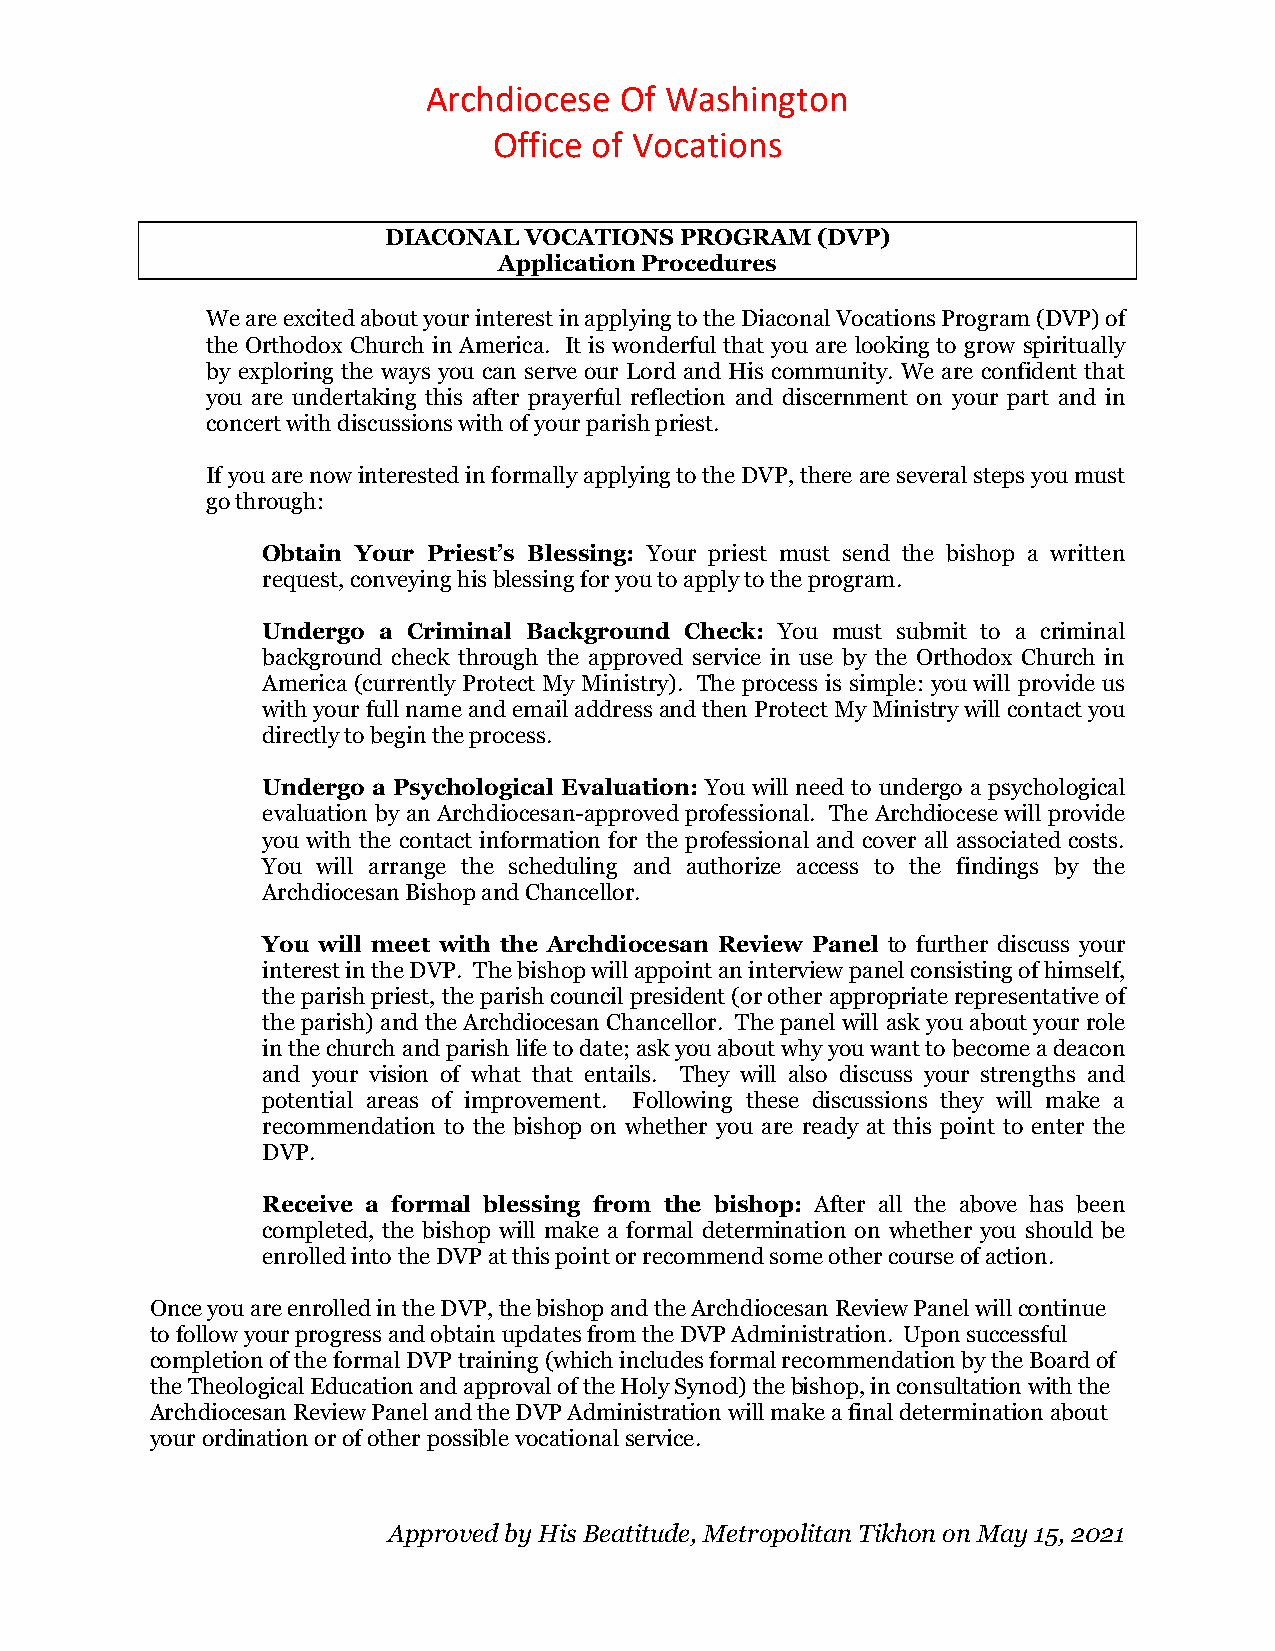
Archdiocese  Of Washington
 Office of Vocations
 DIACONAL VOCATIONS PROGRAM  (DVP)
 Application Procedures
 We are excited about your interest in applying to the Diaconal Vocations Program (DVP) of
 the Orthodox Church in America. It is wonderful that you are looking to grow spiritually
 by exploring the ways you can serve our Lord and His community. We are confident that
 you are undertaking this after prayerful reflection and discernment on your part and in
 concert with discussions with of your parish priest.
 If you are now interested in formally applying to the DVP, there are several steps you must
 go through:
 Obtain Your Priest’s Blessing: Your priest must send the bishop a written
 request, conveying his blessing for you to apply to the program.
 Undergo a Criminal Background Check: You must submit to a criminal
 background check through the approved service in use by the Orthodox Church in
 America (currently Protect My Ministry). The process is simple: you will provide us
 with your full name and email address and then Protect My Ministry will contact you
 directly to begin the process.
 Undergo a Psychological Evaluation: You will need to undergo a psychological
 evaluation by an Archdiocesan-approved professional. The Archdiocese will provide
 you with the contact information for the professional and cover all associated costs.
 You will arrange the scheduling and authorize access to the findings by the
 Archdiocesan Bishop and Chancellor.
 You will meet with the Archdiocesan Review Panel to further discuss your
 interest in the DVP. The bishop will appoint an interview panel consisting of himself,
 the parish priest, the parish council president (or other appropriate representative of
 the parish) and the Archdiocesan Chancellor. The panel will ask you about your role
 in the church and parish life to date; ask you about why you want to become a deacon
 and your vision of what that entails. They will also discuss your strengths and
 potential areas of improvement. Following these discussions they will make a
 recommendation to the bishop on whether you are ready at this point to enter the
 DVP.
 Receive a formal blessing from the bishop: After all the above has been
 completed, the bishop will make a formal determination on whether you should be
 enrolled into the DVP at this point or recommend some other course of action.
 Once you are enrolled in the DVP, the bishop and the Archdiocesan Review Panel will continue
 to follow your progress and obtain updates from the DVP Administration. Upon successful
 completion of the formal DVP training (which includes formal recommendation by the Board of
 the Theological Education and approval of the Holy Synod) the bishop, in consultation with the
 Archdiocesan Review Panel and the DVP Administration will make a final determination about
 your ordination or of other possible vocational service.
 Approved by His Beatitude, Metropolitan Tikhon on May 15, 2021